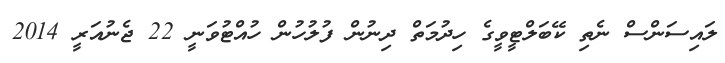
ލައިސަންސް ނެތި ކޭބަލްޓީވީގެ ހިދުމަތް ދިނުން ފުލުހުން ހުއްޓުވަނީ 22 ޖެނުއަރީ 2014